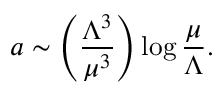
a \sim \left( { \frac { \Lambda ^ { 3 } } { \mu ^ { 3 } } } \right) \log { \frac { \mu } { \Lambda } } .